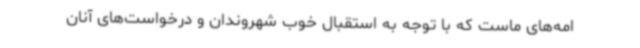
امه‌های ماست که با توجه به استقبال خوب شهروندان و درخواست‌های آنان